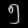
Digit: ၅